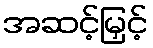
အဆင့်မြှင့်